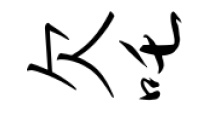
欠吒